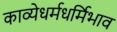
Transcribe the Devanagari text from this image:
काव्येधर्मधर्मिभाव